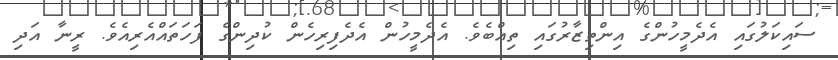
ސައިކަލުގައި އެދެމީހުންގެ އިންތިޒާރުގައި ތިއްބެވެ. އެދެމީހުން އެދެފިރިހެން ކުދިންގެ ފަހަތައްއެރިއެވެ. ރީނާ އަދި